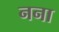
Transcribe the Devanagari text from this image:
नना